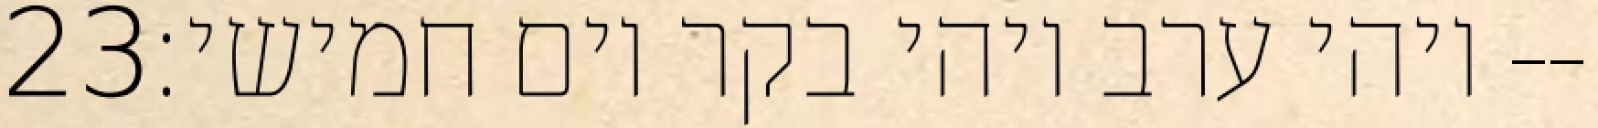
‎23‏ ויהי ערב ויהי בקר יום חמישי׃--